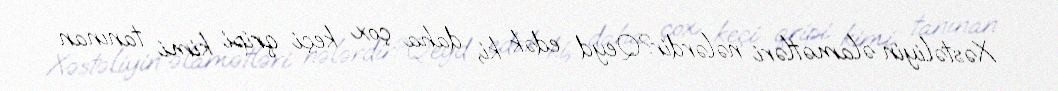
Xəstəliyin əlamətləri nələrdir?Qeyd edək ki, daha çox keçi qripi kimi tanınan